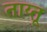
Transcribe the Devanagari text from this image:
ताय्तू